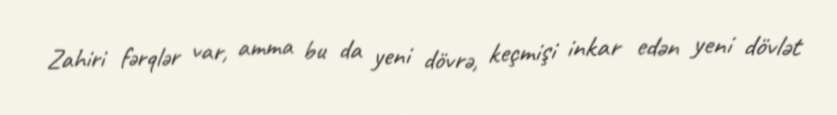
Zahiri fərqlər var, amma bu da yeni dövrə, keçmişi inkar edən yeni dövlət